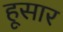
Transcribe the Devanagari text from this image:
हूसार